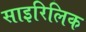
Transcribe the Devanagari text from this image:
साइरिलिक